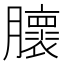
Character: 𰯨